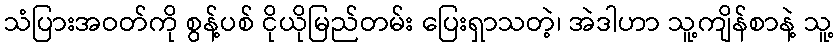
သံပြားအဝတ်ကို စွန့်ပစ် ငိုယိုမြည်တမ်း ပြေးရှာသတဲ့၊ အဲဒါဟာ သူ့ကျိန်စာနဲ့ သူ့